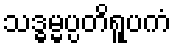
သဒ္ဓမ္မပ္ပတိရူပကံ